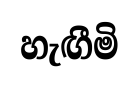
හැඟීමි